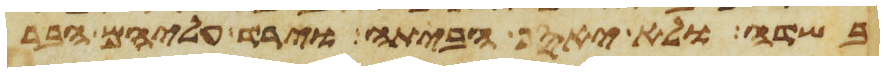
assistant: בשדה ולא יאסף הביתה וירד עליהם הברד